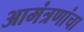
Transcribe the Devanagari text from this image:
आमंत्रणांचा